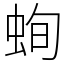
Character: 䖲